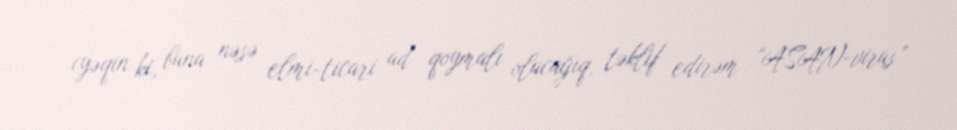
(yəqin ki, buna nəsə elmi-ticari ad qoymalı olacağıq, təklif edirəm “ASAN-virus”